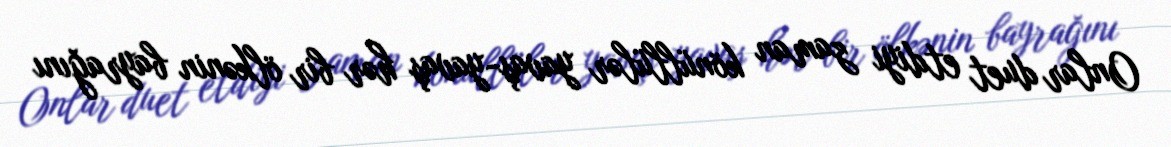
Onlar duet etdiyi zaman könüllülər yavaş-yavaş hər bir ölkənin bayrağını